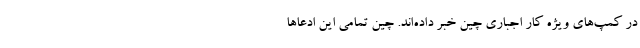
در کمپ‌های ویژه کار اجباری چین خبر داده‌اند. چین تمامی این ادعاها